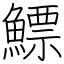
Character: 鰾